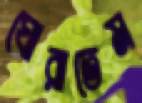
ঘোরাতেম